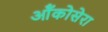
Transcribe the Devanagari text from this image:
ऑंकोसेरा